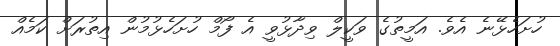
ހުށަހެޅޭނެ އެވެ. އަމީތުގެ ވަކީލް ވިދާޅުވީ އެ ފޯމް ހުށަހެޅުމުން އިތުރަށް ކަމެއް